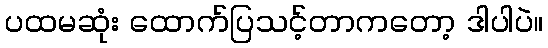
ပထမဆုံး ထောက်ပြသင့်တာကတော့ ဒါပါပဲ။